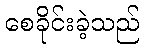
စေခိုင်းခဲ့သည်